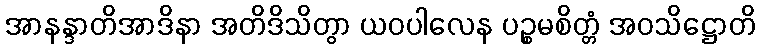
အာနန္ဒာတိအာဒိနာ အတိဒိသိတွာ ယဝပါလေန ပဉ္စမစိတ္တံ အဝသိဋ္ဌောတိ